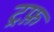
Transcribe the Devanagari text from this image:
ट्रफ़